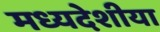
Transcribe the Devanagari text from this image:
मध्यदेशीया